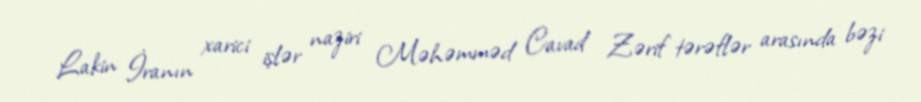
Lakin İranın xarici işlər naziri Məhəmməd Cavad Zərif tərəflər arasında bəzi